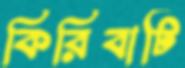
কিরিবাটি